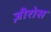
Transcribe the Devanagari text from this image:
ज़ीरोस